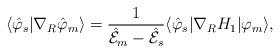
LaTeX: \begin{align*}\langle \hat \varphi _s|\nabla _R\hat \varphi _m\rangle=\frac 1{{\cal \hat E}_m-{\cal \hat E}_s}\langle \hat \varphi _s|\nabla_RH_1|\varphi _m\rangle ,\end{align*}